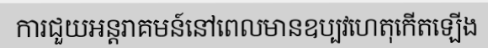
ការជួយអន្តរាគមន៍នៅពេលមានឧប្បវហេតុកើតឡើង